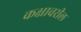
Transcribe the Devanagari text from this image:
कक्षावरील